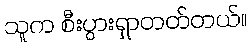
သူက စီးပွားရှာတတ်တယ်။